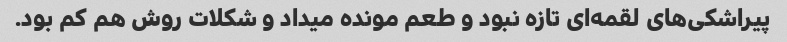
پیراشکی‌های لقمه‌ای تازه نبود و طعم مونده میداد و شکلات روش هم کم بود.